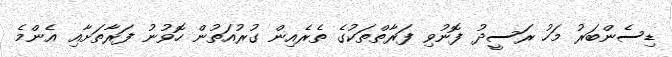
ޑިސެންބަރު މަހު ރަސީދު ފޮނުވި ފަރާތްތަކުގެ ތެރެއިން ގުރުއަތުން ހޮވުނު ފަރާތަށާއި އެންމެ